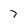
Character: 7